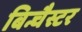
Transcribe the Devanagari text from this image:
बिन्चैस्टर